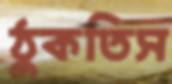
ঠুকতিস